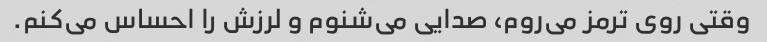
وقتی روی ترمز می‌روم، صدایی می‌شنوم و لرزش را احساس می‌کنم.